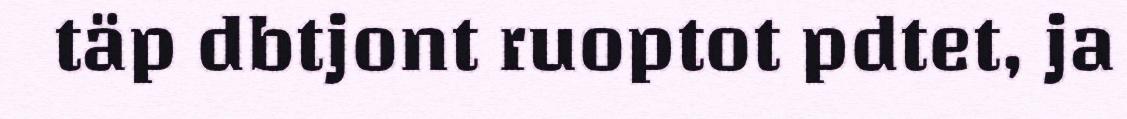
täp dbtjont ruoptot pdtet, ja